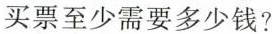
买票至少需要多少钱？